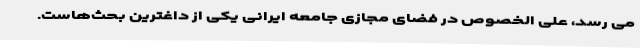
می رسد، علی الخصوص در فضای مجازی جامعه ایرانی یکی از داغترین بحث‌هاست.